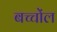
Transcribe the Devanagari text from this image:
बच्चोंल